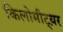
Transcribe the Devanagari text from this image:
किलोमीट्य़र